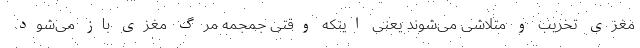
مغزی تخریب و متلاشی می‌شوند یعنی اینکه وقتی جمجمه مرگ مغزی باز می‌شود